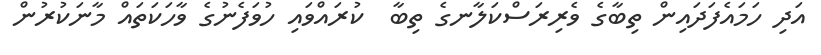
އަދި ހަމައެފަދައިން ތިބާގެ ވެރިރަސްކަލާނގެ ތިބާ  ކުރައްވައި ހުވަފެނުގެ ވާހަކަތައް މާނަކުރުން